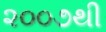
૨૦૦૭થી